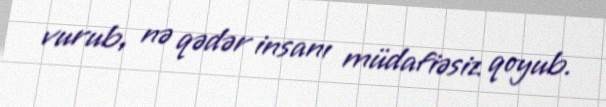
vurub, nə qədər insanı müdafiəsiz qoyub.